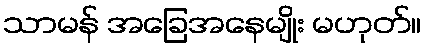
သာမန် အခြေအနေမျိုး မဟုတ်။